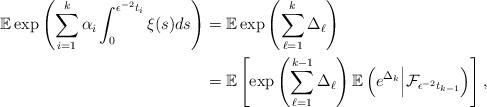
LaTeX: \begin{align*} \begin{aligned}\mathbb E \exp\left(\sum_{i=1}^k\alpha_i\int_0^{\epsilon^{-2}t_i}\xi(s)ds\right)&=\mathbb E \exp\left(\sum^{k}_{\ell=1}\Delta_\ell\right)\\&=\mathbb E \left[\exp\left(\sum^{k-1}_{\ell=1}\Delta_\ell\right) \mathbb E\left(e^{\Delta_k}\Big|\mathcal{F}_{\epsilon^{-2} t_{k-1}}\right)\right],\end{aligned}\end{align*}